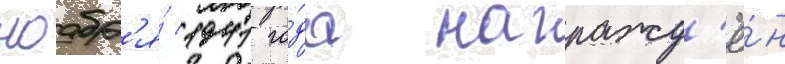
ноабр'я́ 1941 го́да награжд'ё́н